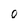
Character: O